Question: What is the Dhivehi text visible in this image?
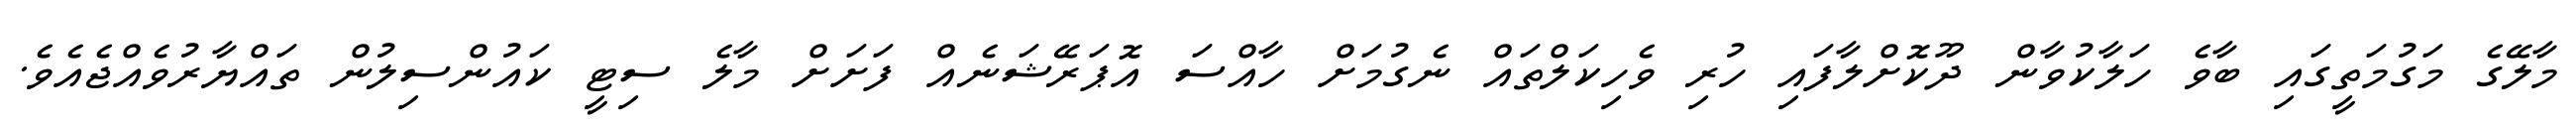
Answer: މާލޭގެ މަގުމަތީގައި ބާވެ ހަލާކުވާން ދޫކޮށްލާފައި ހުރި ވެހިކަލްތައް ނެގުމަށް ހާއްސަ އޮޕަރޭޝަނެއް ފަށަށް މާލެ ސިޓީ ކައުންސިލުން ތައްޔާރުވެއްޖެއެވެ.